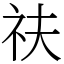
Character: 䃿